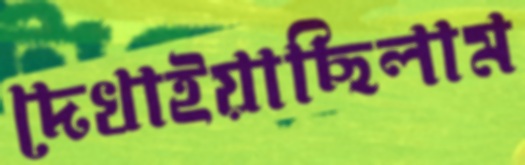
দেখাইয়াছিলাম